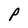
Character: P